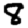
Digit: 8